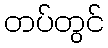
တပ်တွင်